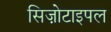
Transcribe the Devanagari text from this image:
सिज़ोटाइपल